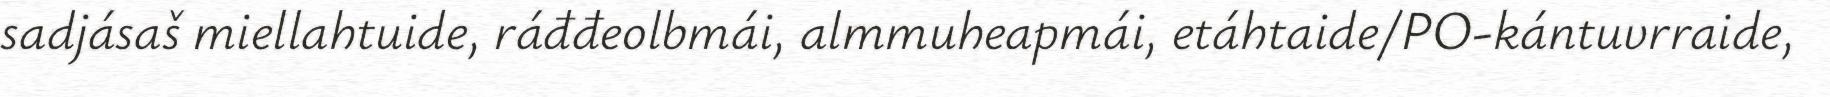
sadjásaš miellahtuide, ráđđeolbmái, almmuheapmái, etáhtaide/PO-kántuvrraide,